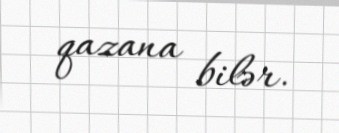
qazana bilər.